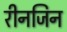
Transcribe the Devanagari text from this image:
रीनजिन